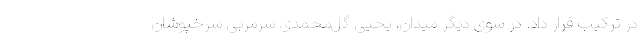
در ترکیب قرار داد. در سوی دیگر میدان، یحیی گل‌محمدی سرمربی سرخپوشان